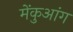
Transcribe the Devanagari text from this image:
मेंकुआंग